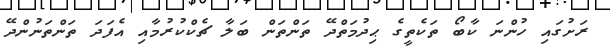
ރަށުގައި ހުންނަ ކާބޯ ތަކެތީގެ ޙިދުމަތްދޭ ތަންތަން ބަލާ ޗެކްކުރުމާއި އެފަދަ ތަންތަނުންދޭ